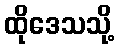
ထိုဒေသသို့